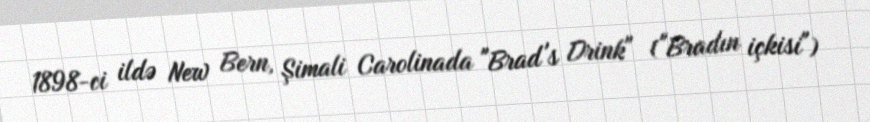
1898-ci ildə New Bern, Şimali Carolinada "Brad's Drink" ("Bradın içkisi")